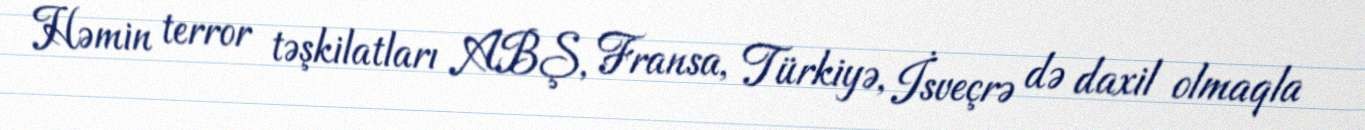
Həmin terror təşkilatları ABŞ, Fransa, Türkiyə, İsveçrə də daxil olmaqla